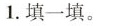
1.填一填。